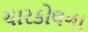
ચારકોલના